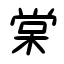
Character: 棠